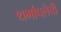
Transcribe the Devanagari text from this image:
थर्मापलैची